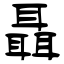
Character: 聶